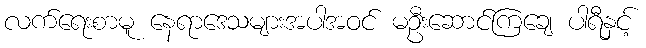
လက်ရေးစာမူ နေရာဒေသများအပါအဝင် မဦးဆောင်ကြချေ ပါရီနှင့်